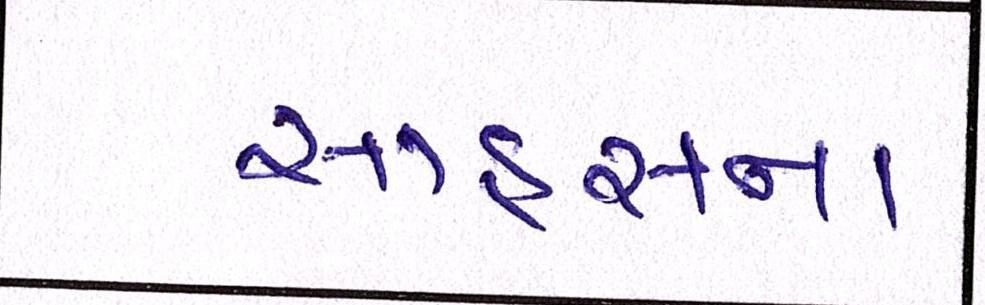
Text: સાહસના